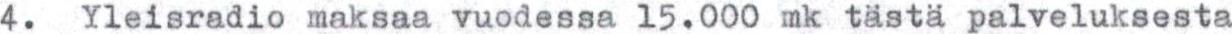
4.  Yleisradio maksaa vuodessa 15.000 mk tästä palveluksesta